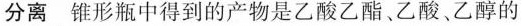
分离 锥形瓶中得到的产物是乙酸乙酯。乙酸、乙醇的